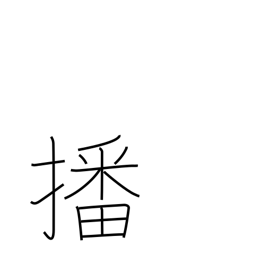
Meaning: sow